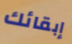
إبقائك